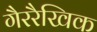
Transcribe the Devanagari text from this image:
गैररैखिक